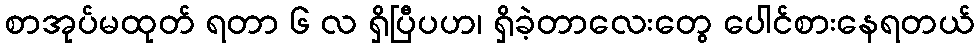
စာအုပ်မထုတ် ရတာ ၆ လ ရှိပြီပဟ၊ ရှိခဲ့တာလေးတွေ ပေါင်စားနေရတယ်